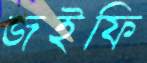
জইফি